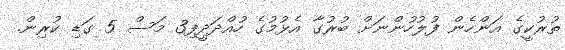
ތުރުކީގެ އަންހެން ފުލުހުންނަށް ބުރުގާ އެޅުމުގެ ހުއްދަދީފި3 މަސް 5 ގަޑި ކުރިން.